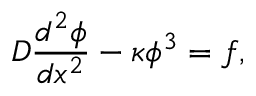
D \frac { d ^ { 2 } \phi } { d x ^ { 2 } } - \kappa \phi ^ { 3 } = f ,